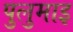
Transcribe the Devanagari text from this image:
पुलुमाइ